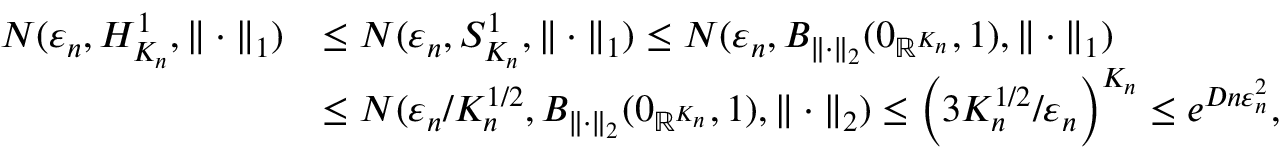
\begin{array} { r l } { N ( \varepsilon _ { n } , H _ { K _ { n } } ^ { 1 } , \| \cdot \| _ { 1 } ) } & { \leq N ( \varepsilon _ { n } , S _ { K _ { n } } ^ { 1 } , \| \cdot \| _ { 1 } ) \leq N ( \varepsilon _ { n } , B _ { \| \cdot \| _ { 2 } } ( 0 _ { \mathbb { R } ^ { K _ { n } } } , 1 ) , \| \cdot \| _ { 1 } ) } \\ & { \leq N ( \varepsilon _ { n } / K _ { n } ^ { 1 / 2 } , B _ { \| \cdot \| _ { 2 } } ( 0 _ { \mathbb { R } ^ { K _ { n } } } , 1 ) , \| \cdot \| _ { 2 } ) \leq \Big ( 3 K _ { n } ^ { 1 / 2 } / \varepsilon _ { n } \Big ) ^ { K _ { n } } \leq e ^ { D n \varepsilon _ { n } ^ { 2 } } , } \end{array}